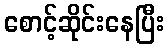
စောင့်ဆိုင်းနေပြီး